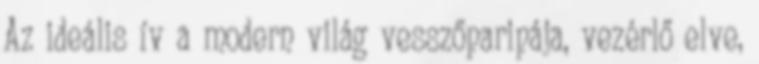
Az ideális ív a modern világ vesszőparipája, vezérlő elve,